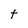
Character: t